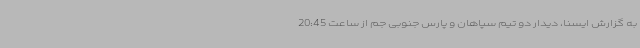
به گزارش ایسنا، دیدار دو تیم سپاهان و پارس جنوبی جم از ساعت 20:45